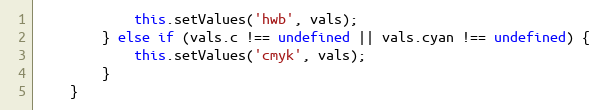
Language: JavaScript
			this.setValues('hwb', vals);
		} else if (vals.c !== undefined || vals.cyan !== undefined) {
			this.setValues('cmyk', vals);
		}
	}